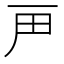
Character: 𬻉